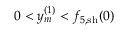
0 < y _ { m } ^ { ( 1 ) } < { f } _ { 5 , \mathrm { s h } } ( 0 )